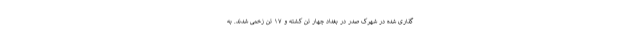
‌گذاری شده در شهرک صدر در بغداد چهار تن کشته و ۱۷ تن زخمی شدند. به